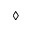
\diamond